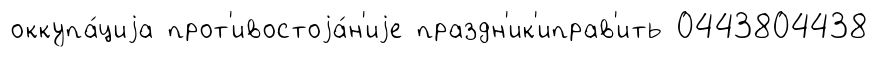
оккупа́циjа прот'ивостоjа́н'иjе праздн'ик'иправ'ить 0443804438